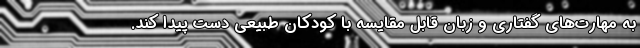
به مهارت‌های گفتاری و زبان قابل مقایسه با کودکان طبیعی دست پیدا کند.